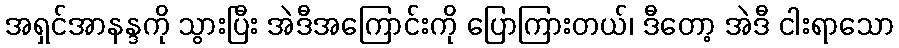
အရှင်အာနန္ဒကို သွားပြီး အဲဒီအကြောင်းကို ပြောကြားတယ်၊ ဒီတော့ အဲဒီ ငါးရာသော